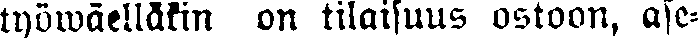
työwäelläkin on tilaisuus ostoon, ase-